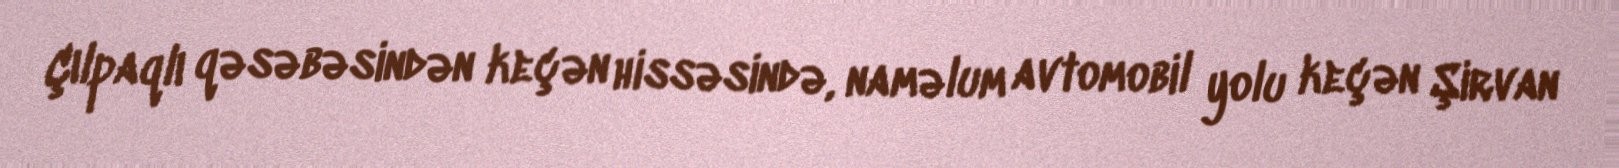
Çılpaqlı qəsəbəsindən keçən hissəsində, naməlum avtomobil yolu keçən Şirvan